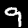
Label: 9